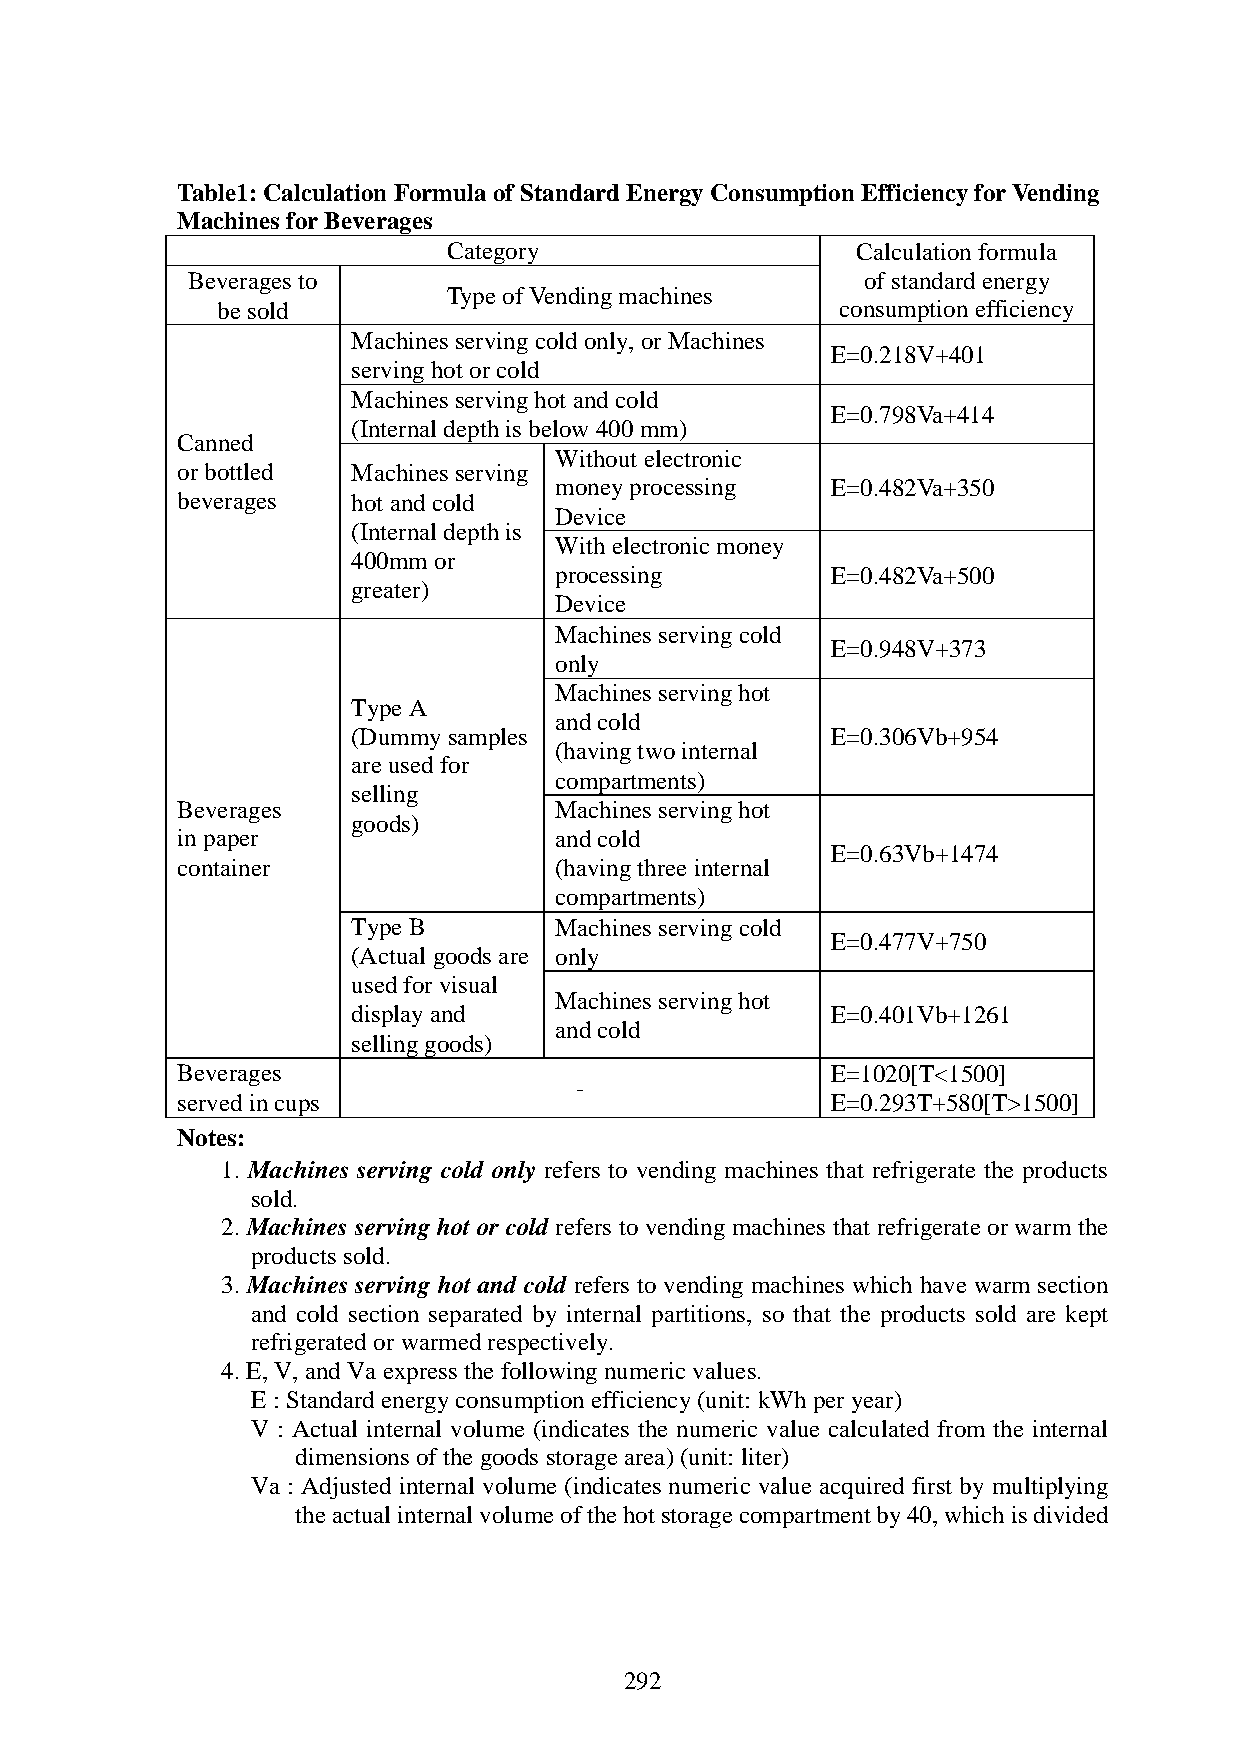
Table1: Calculation Formula of Standard Energy Consumption Efficiency for Vending
 Machines for Beverages
 Category                   Calculation formula
 Beverages to                                 of standard energy
 Type of Vending machines
 be sold                                   consumption efficiency
 Machines serving cold only, or Machines
 E=0.218V+401
 serving hot or cold
 Machines serving hot and cold
 E=0.798Va+414
 (Internal depth is below 400 mm)
 Canned
 Without electronic
 or bottled Machines serving
 money processing  E=0.482Va+350
 beverages  hot and cold
 Device
 (Internal depth is
 With electronic money
 400mm or
 processing        E=0.482Va+500
 greater)
 Device
 Machines serving cold
 E=0.948V+373
 only
 Machines serving hot
 Type A
 and cold
 (Dummy samples                  E=0.306Vb+954
 (having two internal
 are used for
 compartments)
 selling
 Beverages                Machines serving hot
 goods)
 in paper                 and cold
 E=0.63Vb+1474
 container                (having three internal
 compartments)
 Type B        Machines serving cold
 E=0.477V+750
 (Actual goods are only
 used for visual
 Machines serving hot
 display and                     E=0.401Vb+1261
 and cold
 selling goods)
 Beverages                                  E=1020[T<1500]
 -
 served in cups                             E=0.293T+580[T>1500]
 Notes:
 1. Machines serving cold only refers to vending machines that refrigerate the products
 sold.
 2. Machines serving hot or cold refers to vending machines that refrigerate or warm the
 products sold.
 3. Machines serving hot and cold refers to vending machines which have warm section
 and cold section separated by internal partitions, so that the products sold are kept
 refrigerated or warmed respectively.
 4. E, V, and Va express the following numeric values.
 E : Standard energy consumption efficiency (unit: kWh per year)
 V : Actual internal volume (indicates the numeric value calculated from the internal
 dimensions of the goods storage area) (unit: liter)
 Va : Adjusted internal volume (indicates numeric value acquired first by multiplying
 the actual internal volume of the hot storage compartment by 40, which is divided
 292